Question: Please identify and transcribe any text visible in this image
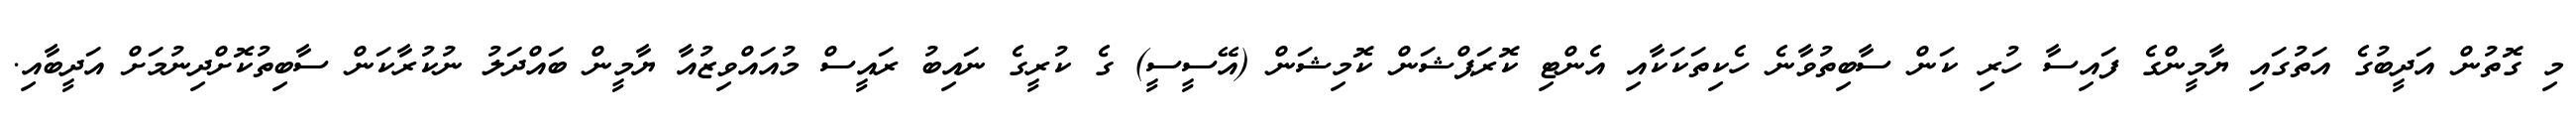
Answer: މި ގޮތުން އަދީބުގެ އަތުގައި ޔާމީންގެ ފައިސާ ހުރި ކަން ސާބިތުވާނެ ހެކިތަކަކާއި އެންޓި ކޮރަޕްޝަން ކޮމިޝަން (އޭސީސީ) ގެ ކުރީގެ ނައިބު ރައީސް މުއައްވިޒުއާ ޔާމީން ބައްދަލު ނުކުރާކަން ސާބިތުކޮށްދިނުމަށް އަދީބާއި.